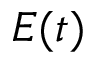
E ( t )